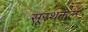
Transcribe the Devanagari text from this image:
सूरथकल